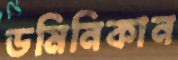
ডমিনিকান